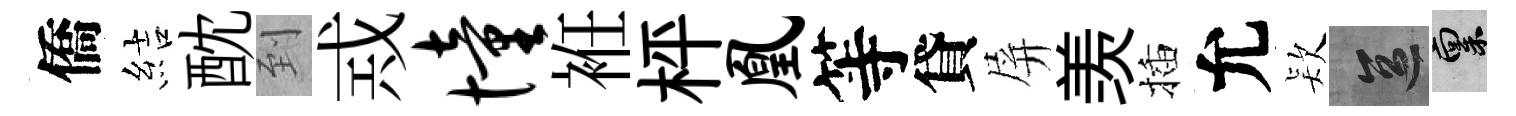
僑結酖到𢦶憧袵枰凰等貸屏羡插允𣣇區禀